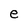
Character: e